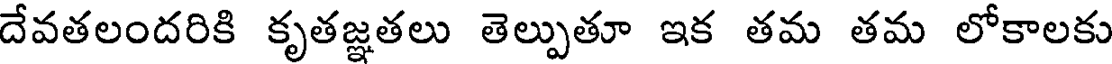
దేవతలందరికి కృతజ్ఞతలు తెల్పుతూ ఇక తమ తమ లోకాలకు